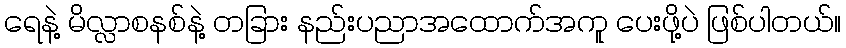
ရေနဲ့ မိလ္လာစနစ်နဲ့ တခြား နည်းပညာအထောက်အကူ ပေးဖို့ပဲ ဖြစ်ပါတယ်။